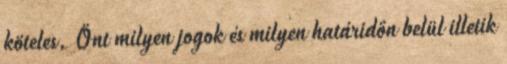
köteles. Önt milyen jogok és milyen határidőn belül illetik